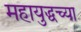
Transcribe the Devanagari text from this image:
महायुद्धच्या